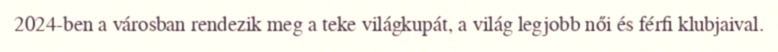
2024-ben a városban rendezik meg a teke világkupát, a világ legjobb női és férfi klubjaival.